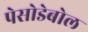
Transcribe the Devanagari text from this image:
पेसोडेबोल